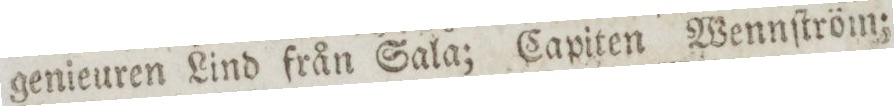
genieuren Lind från Sala; Capiten Wennſtröm;